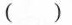
()